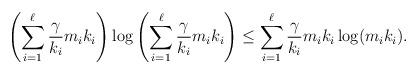
LaTeX: \begin{align*}\left(\sum_{i=1}^\ell\frac{\gamma}{k_i}m_ik_i\right)\log\left(\sum_{i=1}^\ell\frac{\gamma}{k_i}m_ik_i\right)\le\sum_{i=1}^\ell\frac{\gamma}{k_i}m_ik_i\log(m_ik_i).\end{align*}